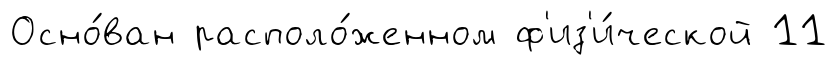
Осно́ван располо́женном ф'из'и́ческой 11